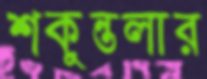
শকুন্তলার